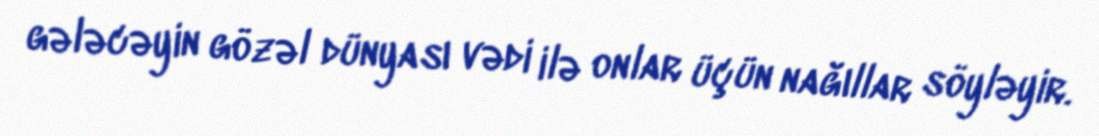
gələcəyin gözəl dünyası vədi ilə onlar üçün nağıllar söyləyir.